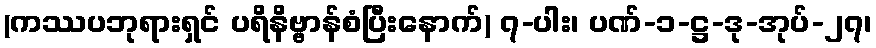
(ကဿပဘုရားရှင် ပရိနိဗ္ဗာန်စံပြီးနောက်) ၇-ပါး၊ ပဏ်-၁-ဋ္ဌ-ဒု-အုပ်-၂၇၊